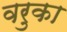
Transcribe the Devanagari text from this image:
वरुका